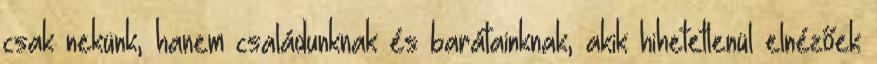
csak nekünk, hanem családunknak és barátainknak, akik hihetetlenül elnézőek